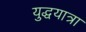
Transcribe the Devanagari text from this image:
युद्धयात्रा